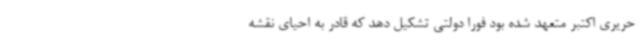
حریری اکتبر متعهد شده بود فورا دولتی تشکیل دهد که قادر به احیای نقشه